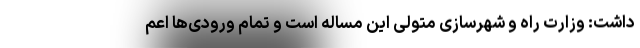
داشت: وزارت راه و شهرسازی متولی این مساله است و تمام ورودی‌ها اعم